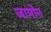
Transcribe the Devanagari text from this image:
जामोन